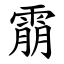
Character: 䨜